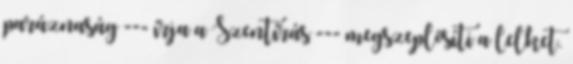
paráznaság --- írja a Szentírás --- megszeplősíti a lelket.